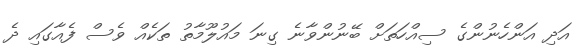
އަދި އަންހެނުންގެ ސިއްހަތަށް ބޭނުންވާނެ ގިނަ މައުލޫމާތު ތަކެއް ވެސް ފެއާގައި ދެ